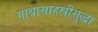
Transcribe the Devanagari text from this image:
गाथासाहस्रीसुद्धा